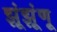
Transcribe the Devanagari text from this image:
झूंझूंणू